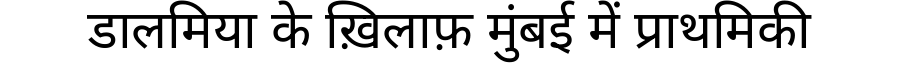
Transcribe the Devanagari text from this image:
डालमिया के ख़िलाफ़ मुंबई में प्राथमिकी